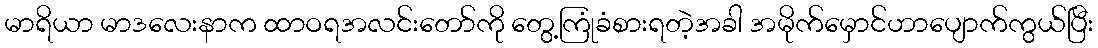
မာရိယာ မာဒလေးနာက ထာဝရအလင်းတော်ကို တွေ့ကြုံခံစားရတဲ့အခါ အမိုက်မှောင်ဟာပျောက်ကွယ်ပြီး